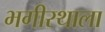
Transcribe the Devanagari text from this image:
भगीरथाला